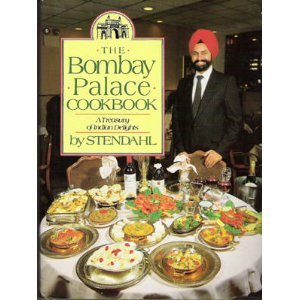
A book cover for The Bombay Palace Cookbook: A Treasury of Indian Delights; Stendahl; Cookbooks, Food & Wine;